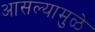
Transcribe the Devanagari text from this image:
आसल्‍यामुळे